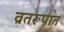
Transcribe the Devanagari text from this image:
व्रतरूपात